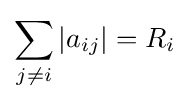
\sum _{j\neq i}|a_{ij}|=R_{i}